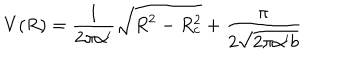
LaTeX: V ( R ) = \frac { 1 } { 2 \pi \alpha ^ { \prime } } \sqrt { R ^ { 2 } - R _ { c } ^ { 2 } } + \frac { \pi } { 2 \sqrt { 2 \pi \alpha ^ { \prime } b } }